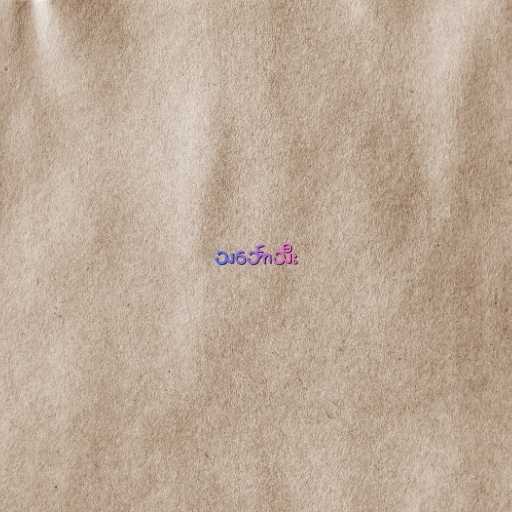
သင်္ဘောသီး